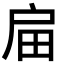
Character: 㧂